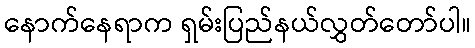
နောက်နေရာက ရှမ်းပြည်နယ်လွှတ်တော်ပါ။